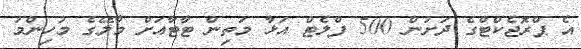
އެ ޕްރޮޖެކްޓްގެ ދަށުން 500 ފްލެޓް އަޅާ މަތިން ޓާޓާއަށް މާލޭގެ މުހިންމު